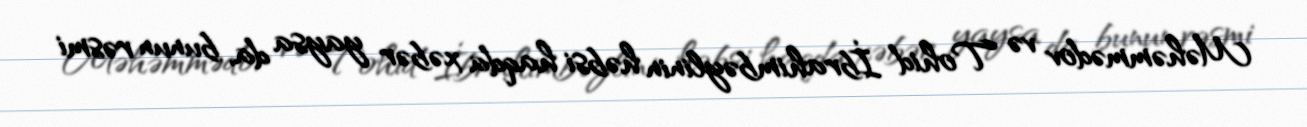
Məhəmmədov və Tohid İbrahimbəylinin həbsi haqda xəbər yaysa da, bunun rəsmi